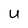
Character: u